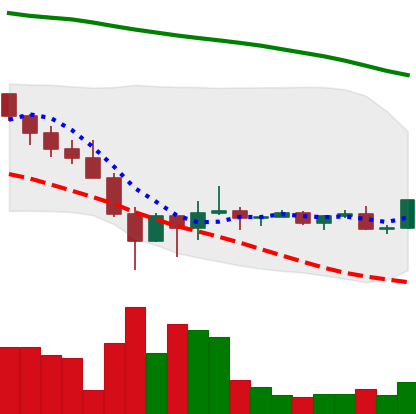
Ticker: DOGE-USD
Chart end date: 2022-02-04
Forward return: 7.878%
Label: up_7plus